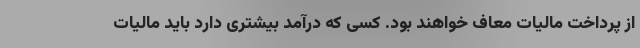
از پرداخت مالیات معاف خواهند بود. کسی که درآمد بیشتری دارد باید مالیات